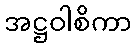
အဋ္ဌဝါစိကာ